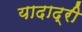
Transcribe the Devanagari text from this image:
यादाद्री